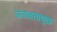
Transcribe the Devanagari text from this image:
जलतत्त्वयुक्त